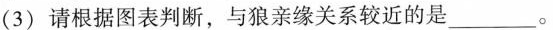
(3)请根据图表判断，与狼亲缘关系较近的是___